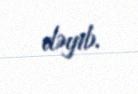
dəyib.